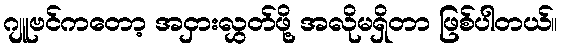
ဂျူဗင်ကတော့ အငှားလွှတ်ဖို့ အလိုမရှိတာ ဖြစ်ပါတယ်။